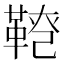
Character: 𩋕